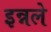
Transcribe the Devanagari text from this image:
इन्नले